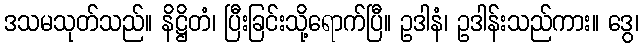
ဒသမသုတ်သည်။ နိဋ္ဌိတံ၊ ပြီးခြင်းသို့ရောက်ပြီ။ ဥဒါနံ၊ ဥဒါန်းသည်ကား။ ဒွေ၊